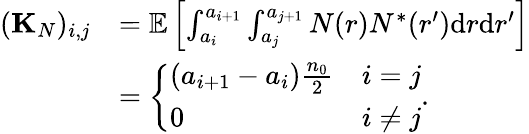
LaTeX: \begin{array}{rl}{({\mathbf K}_{N})_{i,j}}&{={\mathbb E}\left[\int_{a_{i}}^{a_{i+1}}\int_{a_{j}}^{a_{j+1}}N(r)N^{*}(r^{\prime})\mathrm{d}r\mathrm{d}r^{\prime}\right]}\\ &{=\left\{ \begin{array}{ll}{(a_{i+1}-a_{i})\frac{n_{0}}{2}}&{i=j}\\ {0}&{i\ne j}\end{array}\right..}\end{array}